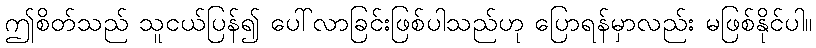
ဤစိတ်သည် သူငယ်ပြန်၍ ပေါ်လာခြင်းဖြစ်ပါသည်ဟု ပြောရန်မှာလည်း မဖြစ်နိုင်ပါ။